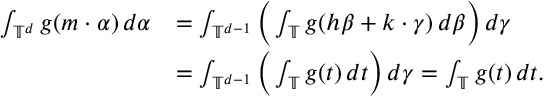
\begin{array} { r l } { \int _ { \mathbb T ^ { d } } g ( m \cdot \alpha ) \, d \alpha } & { = \int _ { \mathbb T ^ { d - 1 } } \bigg ( \int _ { \mathbb T } g ( h \beta + k \cdot \gamma ) \, d \beta \bigg ) \, d \gamma } \\ & { = \int _ { \mathbb T ^ { d - 1 } } \bigg ( \int _ { \mathbb T } g ( t ) \, d t \bigg ) \, d \gamma = \int _ { \mathbb T } g ( t ) \, d t . } \end{array}